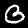
Label: 3